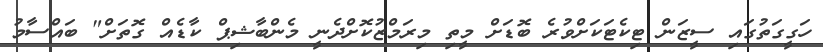
ހަގީގަތުގައި ސީޒަން ޓިކެޓަކަށްވުރެ ބޮޑަށް މީތި މިރަމްޒުކޮށްދެނީ މެންބާޝިޕް ކާޑެއް ގޮތަށް" ބައްސާމު